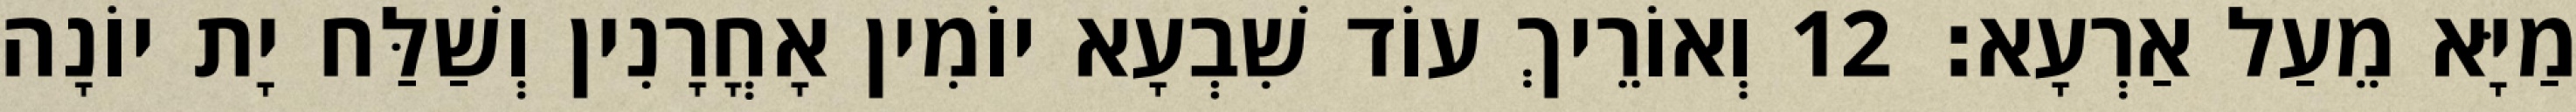
מַיָּא מֵעַל אַרְעָא׃ 12 וְאוֹרֵיךְ עוֹד שִׁבְעָא יוֹמִין אָחֳרָנִין וְשַׁלַּח יָת יוֹנָה